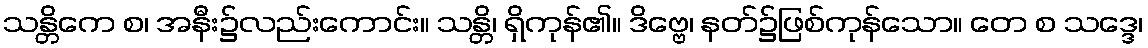
သန္တိကေ စ၊ အနီး၌လည်းကောင်း။ သန္တိ၊ ရှိကုန်၏။ ဒိဗ္ဗေ၊ နတ်၌ဖြစ်ကုန်သော။ တေ စ သဒ္ဒေ၊